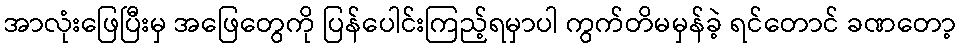
အာလုံးဖြေပြီးမှ အဖြေတွေကို ပြန်ပေါင်းကြည့်ရမှာပါ ကွက်တိမမှန်ခဲ့ ရင်တောင် ခဏတော့